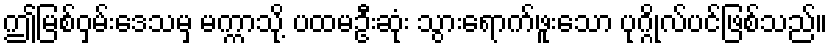
ဤမြစ်ဝှမ်းဒေသမှ မက္ကာသို့ ပထမဦးဆုံး သွားရောက်ဖူးသော ပုဂ္ဂိုလ်ပင်ဖြစ်သည်။